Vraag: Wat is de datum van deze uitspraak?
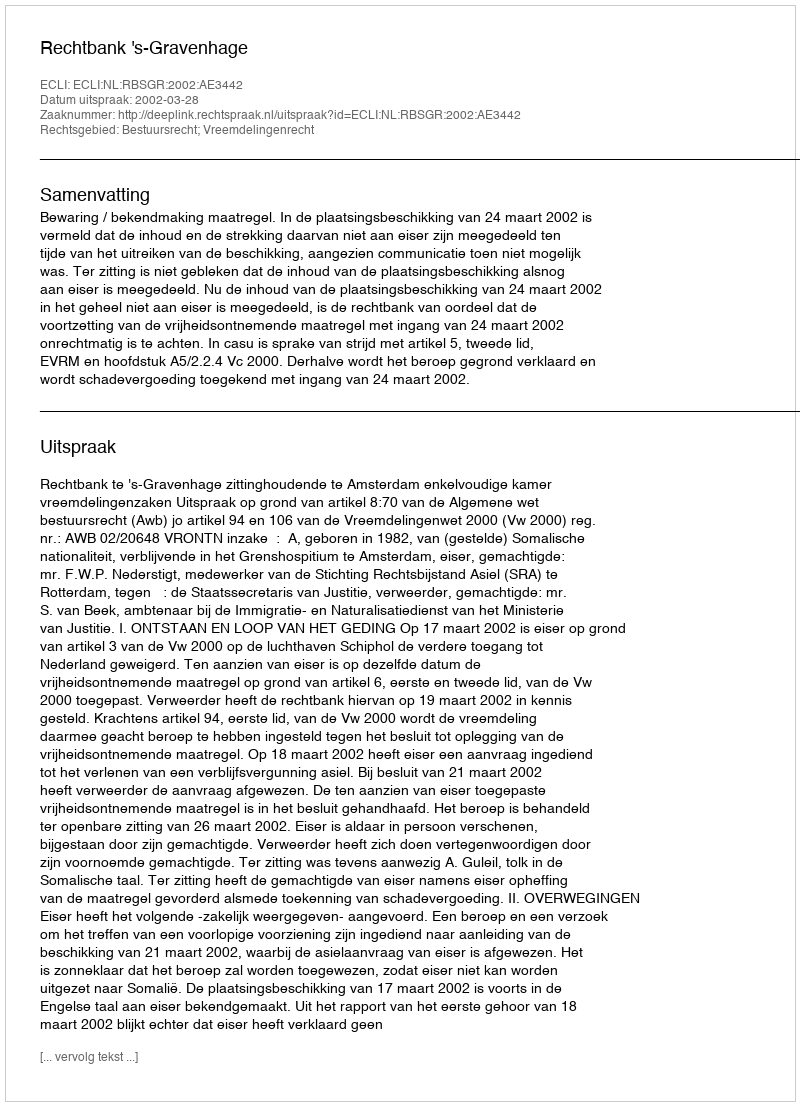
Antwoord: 2002-03-28